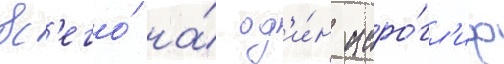
вс'его́ на́ од'и́н иеро́гл'иф